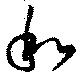
和